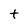
Character: t